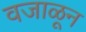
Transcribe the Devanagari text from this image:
वजाळून